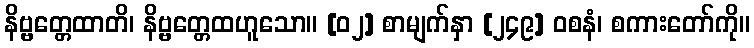
နိဗ္ဗတ္တေထာတိ၊ နိဗ္ဗတ္တေထဟူသော။ [၀၂] စာမျက်နှာ [၂၄၉] ဝစနံ၊ စကားတော်ကို။